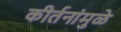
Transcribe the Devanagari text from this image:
कीर्तनांमुळे